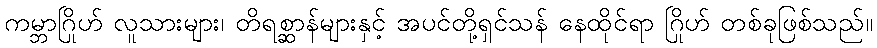
ကမ္ဘာဂြိုဟ် လူသားများ၊ တိရစ္ဆာန်များနှင့် အပင်တို့ရှင်သန် နေထိုင်ရာ ဂြိုဟ် တစ်ခုဖြစ်သည်။